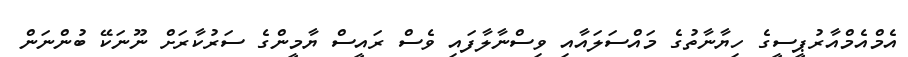
އެމްއެމްއާރުޕީސީގެ ހިޔާނާތުގެ މައްސަލައާއި ވިސްނާލާފައި ވެސް ރައީސް ޔާމީންގެ ސަރުކާރަށް ނޫނަކޭ ބުންނަން